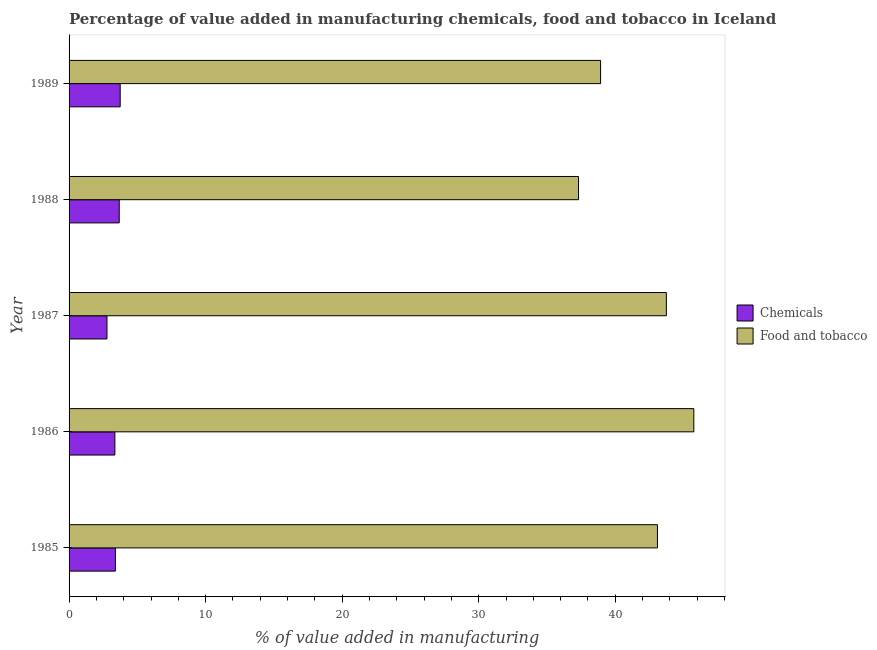
| Year | Chemicals | Food and tobacco |
 | --- | --- | --- |
 | 1985 | 3.4 | 43.1 |
 | 1986 | 3.35 | 45.8 |
 | 1987 | 2.78 | 43.7 |
 | 1988 | 3.67 | 37.3 |
 | 1989 | 3.74 | 38.9 |